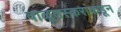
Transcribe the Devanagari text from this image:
वाळूतस्करांकडून